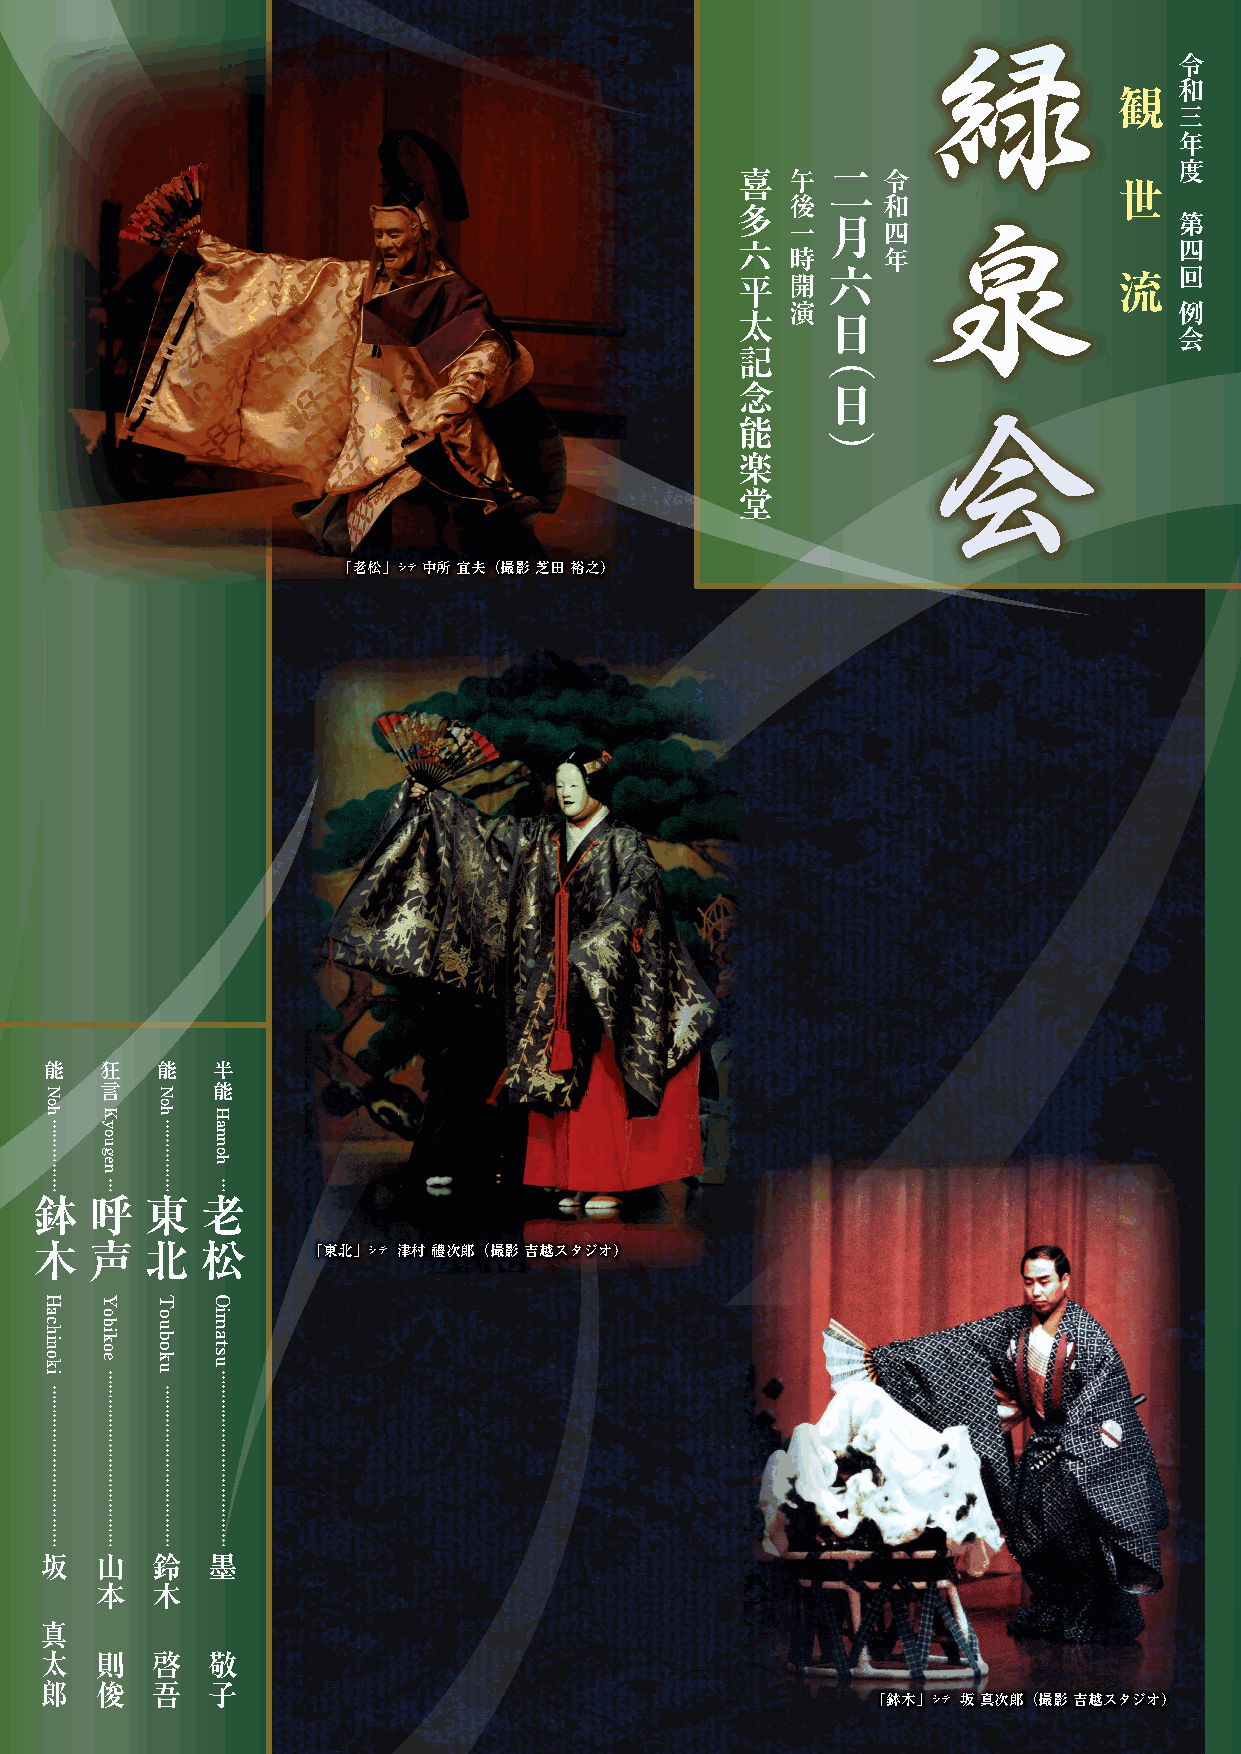
緑
 令
 観   和
 三
 年
 喜  午  二  令                   度
 世
 多  後     和  泉
 月                      第
 一     四
 六                            四
 時     年
 六                  流   回
 平  開
 演                         例
 太     日
 （                      会
 記
 念     日     会
 能
 ）
 楽
 堂
 「老松」シテ 中所 宜夫（撮影 芝田 裕之）
 能   狂  能   半
 言      能
 …       …
 ……     ……
 …       …
 …       …
 …   …   …  ……
 鉢   呼…  東  老
 木   声   北  松
 「東北」シテ 津村 禮次郎（撮影 吉越スタジオ）
 ……      …
 ……  …  ……  ……
 …   …   …  …
 …   …   …  …
 …   …   …  …
 …   …   …  …
 …   …   …  …
 …   …   …  …
 …   …   …  …
 …   …   …  …
 …   …   …  …
 …   …   …  …
 坂  山   鈴   墨
 本   木
 真
 太  則   啓   敬
 郎  俊   吾   子
 「鉢木」シテ 坂 真次郎（撮影 吉越スタジオ）
 Noh
 Hachinoki
 Kyougen
 Yobikoe
 Noh
 Touboku
 Hannoh
 Oimatsu